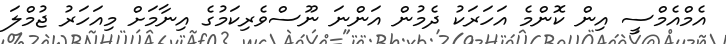
އެމްއެމްސީ އިން ކޮންމެ އަހަރަކު ދެމުން އަންނަ ނޫސްވެރިކަމުގެ އިނާމަށް މިއަހަރު ޖުމްލަ